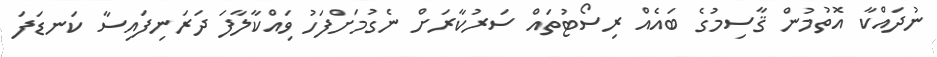
ނުދައްކާ އޮތުމުން ޤާސިމުގެ ބައެއް ރިސޯޓުތައް ސަރުކާރަށް ނެގުމަށްފަހު ވިައްކާލާފަ ދަރަނިފައިސާ ކަނޑަފަ